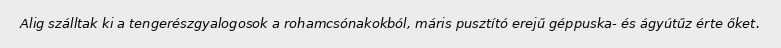
Alig szálltak ki a tengerészgyalogosok a rohamcsónakokból, máris pusztító erejű géppuska- és ágyútűz érte őket.